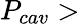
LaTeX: P_{cav}>